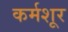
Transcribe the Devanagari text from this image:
कर्मशूर